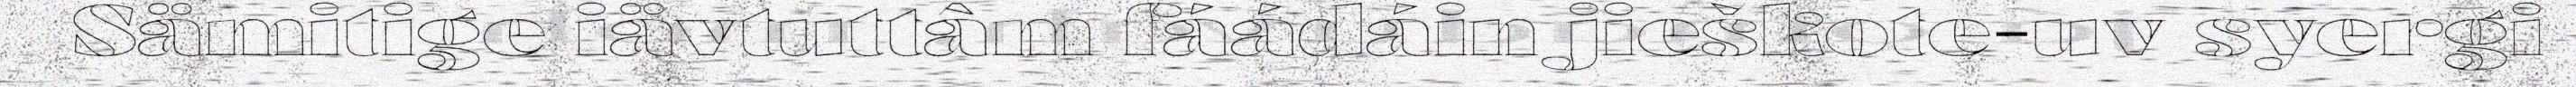
Sämitige iävtuttâm fáádáin jieškote-uv syergi